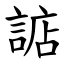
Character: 䛸